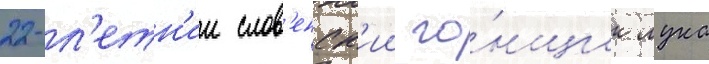
22-л'етн'ии слов'енск'ии го́нщик лука